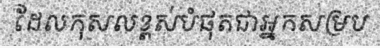
ដែលកុសលខ្ពស់បំផុតជាអ្នកសម្រប